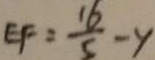
E F = \frac { 1 6 } { 5 } - y